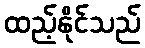
ထည့်နိုင်သည်